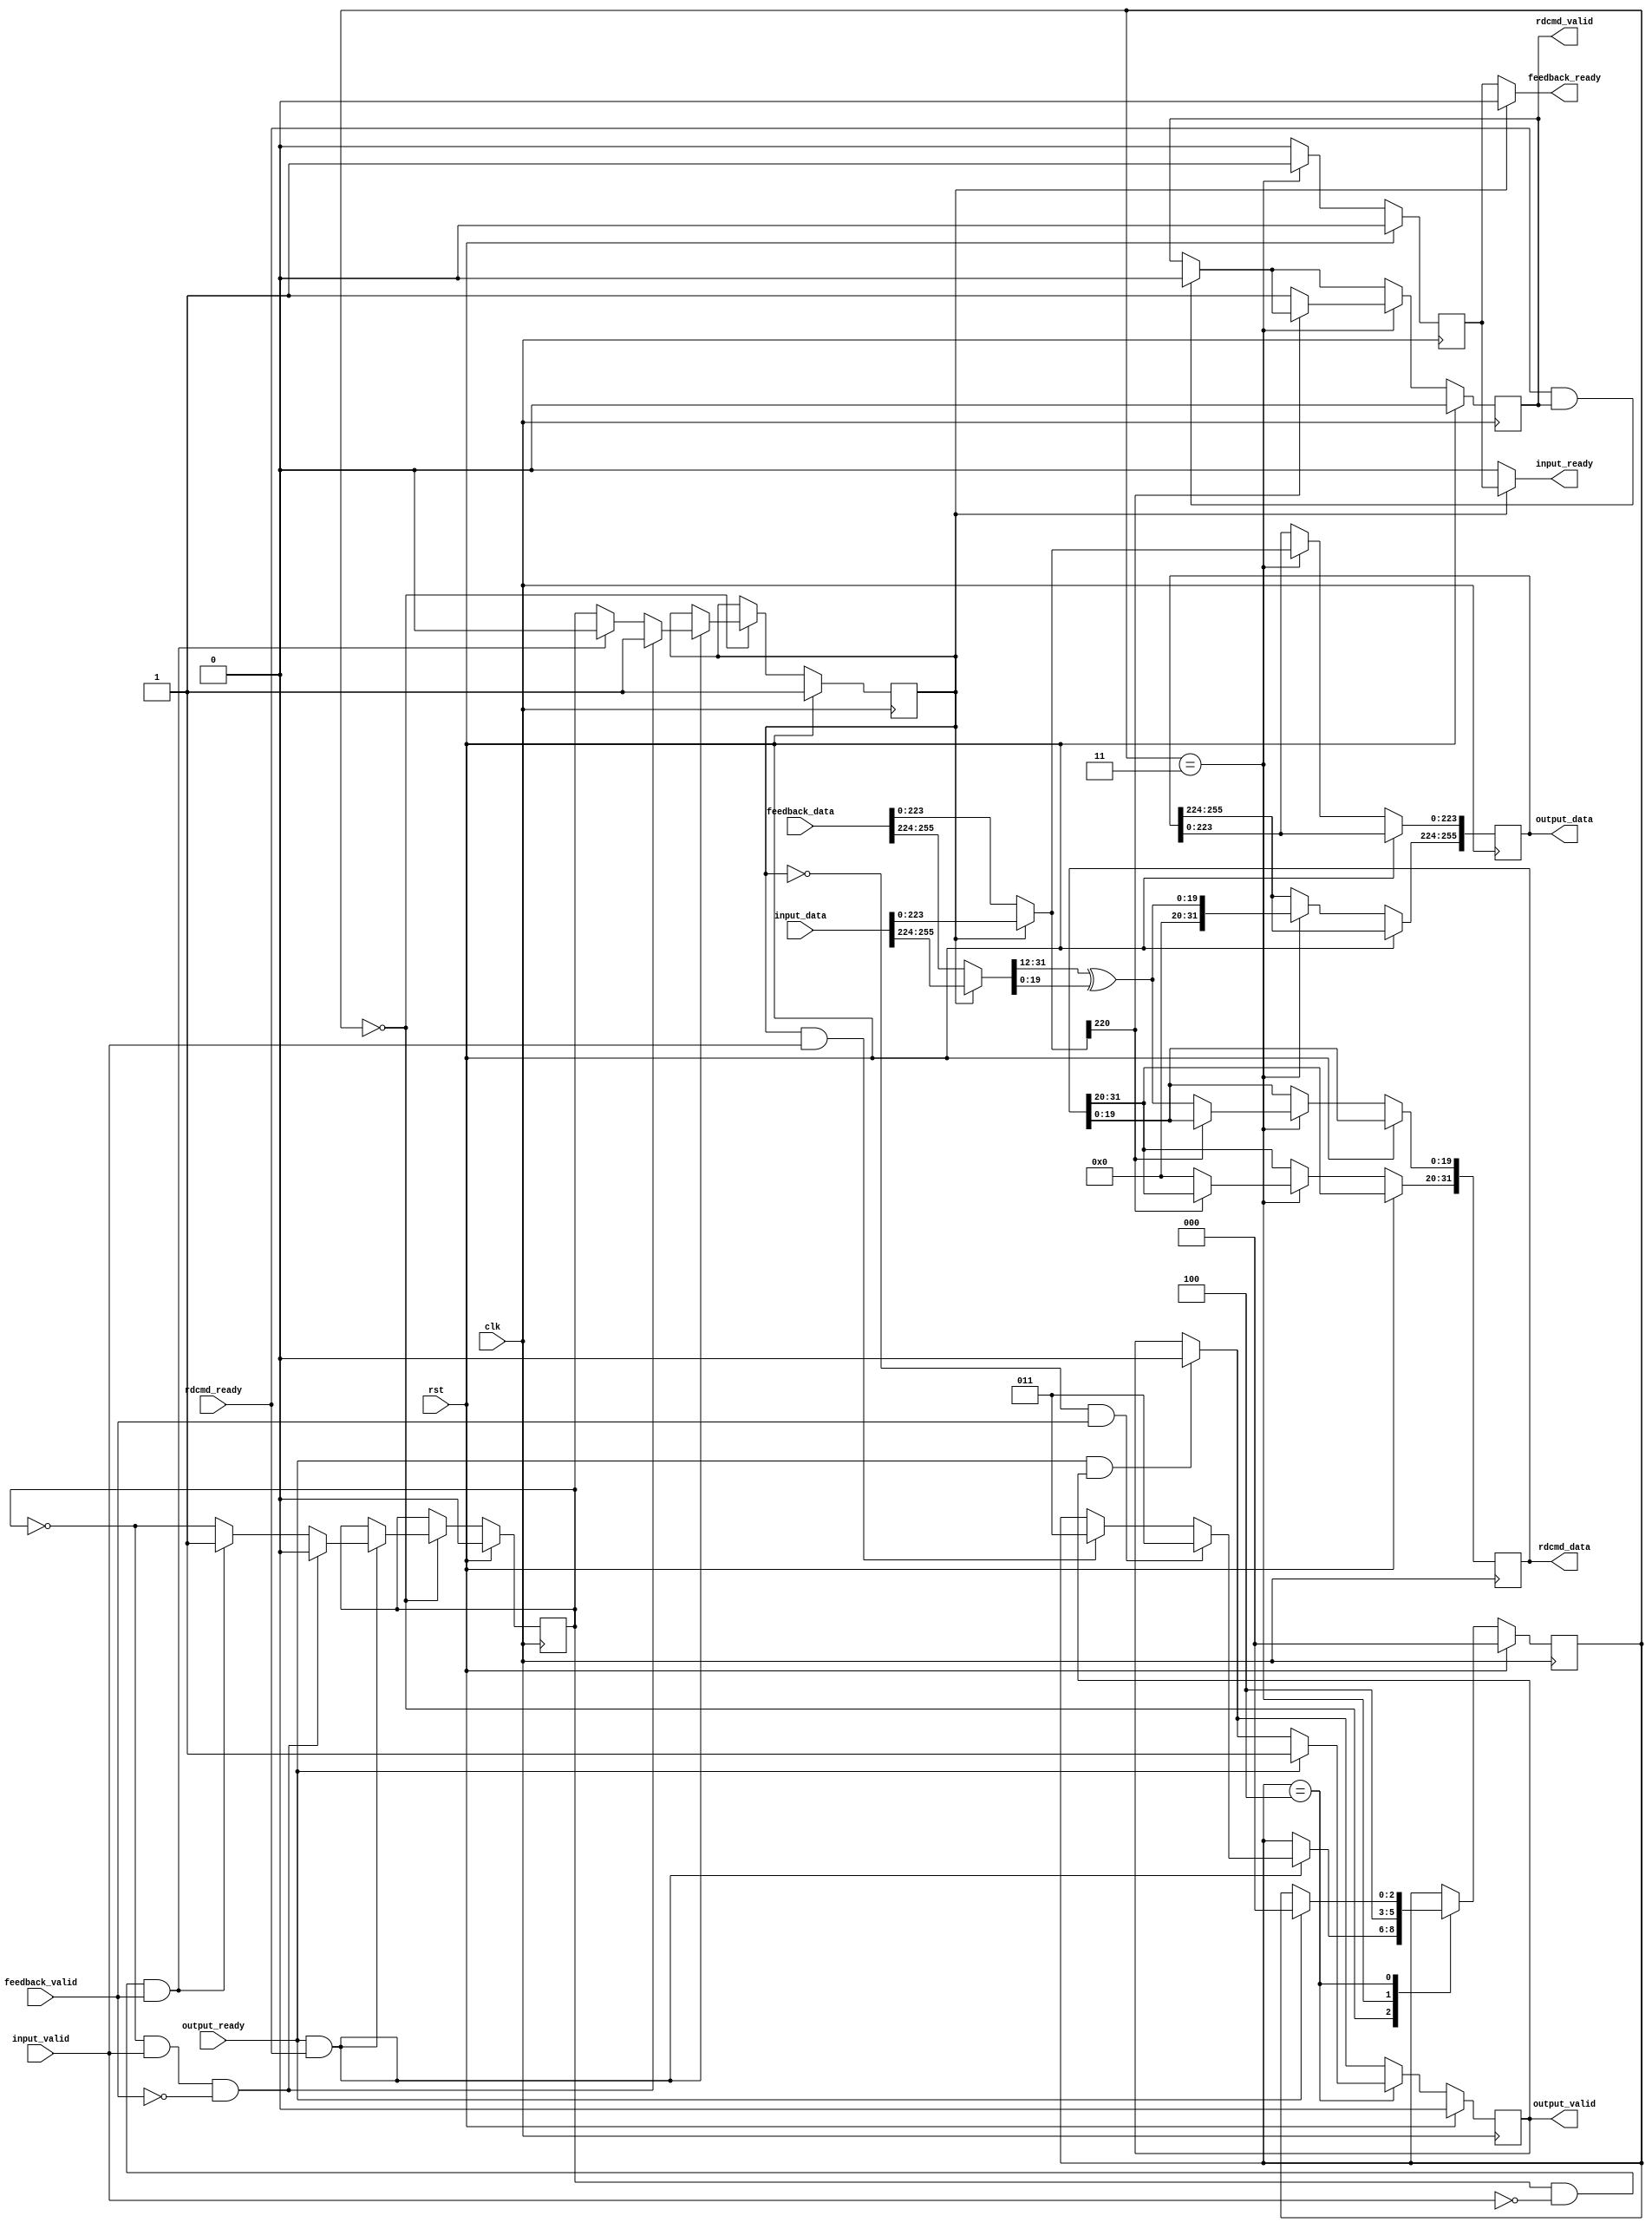
module nukv_Read #(
	parameter KEY_WIDTH = 128,
	parameter META_WIDTH = 96,
	parameter HASHADDR_WIDTH = 32,
    parameter MEMADDR_WIDTH = 20
	)
    (
	input wire         clk,
	input wire         rst,
	input  wire [KEY_WIDTH+META_WIDTH+HASHADDR_WIDTH-1:0] input_data,
	input  wire         input_valid,
	output wire         input_ready,
	input  wire [KEY_WIDTH+META_WIDTH+HASHADDR_WIDTH-1:0] feedback_data,
	input  wire         feedback_valid,
	output wire         feedback_ready,
	output reg [KEY_WIDTH+META_WIDTH+HASHADDR_WIDTH-1:0] output_data,
	output reg         output_valid,
	input  wire         output_ready,
	output reg [31:0] rdcmd_data,
	output reg         rdcmd_valid,
	input  wire         rdcmd_ready
);
    reg selectInputNext;
    reg selectInput; 
	localparam [2:0]
		ST_IDLE   = 0,
		ST_ISSUE_READ = 3,
		ST_OUTPUT_KEY  = 4;
	reg [2:0] state;    
    wire[HASHADDR_WIDTH+KEY_WIDTH+META_WIDTH-1:0] in_data;
    wire in_valid;
    reg in_ready;
    wire[31:0] hash_data;
    assign in_data = (selectInput==1) ? input_data : feedback_data;
    assign in_valid = (selectInput==1) ? input_valid : feedback_valid;
    assign input_ready = (selectInput==1) ? in_ready : 0;
    assign feedback_ready = (selectInput==1) ? 0 : in_ready;
    assign hash_data = (selectInput==1) ? input_data[KEY_WIDTH+META_WIDTH+HASHADDR_WIDTH-1:KEY_WIDTH+META_WIDTH] : feedback_data[KEY_WIDTH+META_WIDTH+HASHADDR_WIDTH-1:KEY_WIDTH+META_WIDTH];    
    wire[MEMADDR_WIDTH-1:0] addr;    
    assign addr = hash_data[31:32 - MEMADDR_WIDTH] ^ hash_data[MEMADDR_WIDTH-1:0];
    always @(posedge clk) begin
    	if (rst) begin
    		selectInput <= 1;
    		selectInputNext <= 0;    		
    		state <= ST_IDLE;
    		in_ready <= 0;
    		rdcmd_valid <= 0;
    		output_valid <= 0;    		
    	end
    	else begin
    		if (rdcmd_ready==1 && rdcmd_valid==1) begin
    			rdcmd_valid <= 0;
    		end
    		if (output_ready==1 && output_valid==1) begin
    			output_valid <= 0;
    		end
            in_ready <= 0;
    		case (state)    		
    			ST_IDLE : begin
    				if (output_ready==1 && rdcmd_ready==1) begin
    					selectInput <= selectInputNext;
    					selectInputNext <= ~selectInputNext;
    					if (selectInputNext==1 && input_valid==0 && feedback_valid==1) begin
    						selectInput <= 0;
    						selectInputNext <= 1;    						
    					end
    					if (selectInputNext==0 && input_valid==1 && feedback_valid==0) begin
    						selectInput <= 1;
    						selectInputNext <= 0;    						
    					end
    					if (selectInput==1 && input_valid==1) begin
    						state <= ST_ISSUE_READ;    						
    					end
						if (selectInput==0 && feedback_valid==1) begin
    						state <= ST_ISSUE_READ;    						
    					end    					
    				end
    			end
    			ST_ISSUE_READ: begin    			
                    if (in_data[KEY_WIDTH+META_WIDTH-4]==1) begin
                    end else begin			                        
        				   rdcmd_data <= addr;
    					   rdcmd_valid <= 1;
                           rdcmd_data[31:MEMADDR_WIDTH] <= 0;    				    
                    end
    				state <= ST_OUTPUT_KEY;                      
                    output_data <= in_data;  
                    output_data[KEY_WIDTH+META_WIDTH+HASHADDR_WIDTH-1:KEY_WIDTH+META_WIDTH] <= addr; 
                    in_ready <= 1;  				
    			end
    			ST_OUTPUT_KEY: begin
    				if (output_ready==1) begin
                        output_valid <= 1;
                        state <= ST_IDLE;
    				end
    			end
    		endcase
    	end
    end
    endmodule